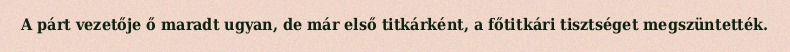
A párt vezetője ő maradt ugyan, de már első titkárként, a főtitkári tisztséget megszüntették.